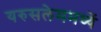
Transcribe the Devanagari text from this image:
यरुसलेममध्यें